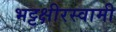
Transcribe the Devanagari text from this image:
भट्टक्षीरस्वामी